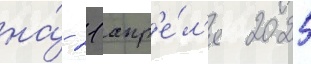
на́ 21 апр'е́л'я 2025